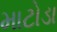
માટોડા